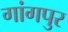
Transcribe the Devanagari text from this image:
गांगपुर